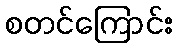
စတင်ကြောင်း